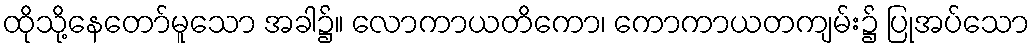
ထိုသို့နေတော်မူသော အခါ၌။ လောကာယတိကော၊ ကောကာယတကျမ်း၌ ပြုအပ်သော